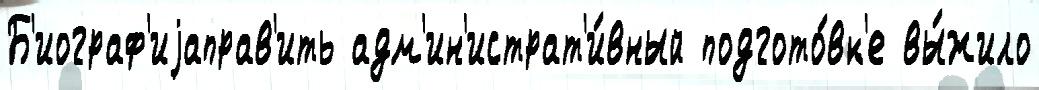
Б'иограф'иjаправ'ить адм'ин'истрат'и́вный подгото́вк'е вы́жило